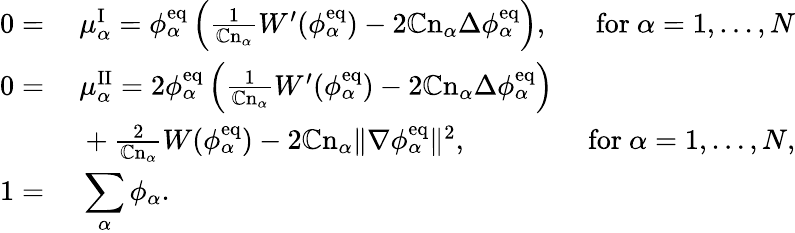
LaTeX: \begin{array}{rlr}{0=}&{~\mu_{\alpha}^{\mathrm{I}}=\phi_{\alpha}^{\mathrm{eq}}\left(\frac{1}{\mathbb{C}\mathrm{n}_{\alpha}}W^{\prime}(\phi_{\alpha}^{\mathrm{eq}})-2\mathbb{C}\mathrm{n}_{\alpha}\Delta\phi_{\alpha}^{\mathrm{eq}}\right),}&{\mathrm{~for~}\alpha=1,\dots,N}\\ {0=}&{~\mu_{\alpha}^{\mathrm{II}}=2\phi_{\alpha}^{\mathrm{eq}}\left(\frac{1}{\mathbb{C}\mathrm{n}_{\alpha}}W^{\prime}(\phi_{\alpha}^{\mathrm{eq}})-2\mathbb{C}\mathrm{n}_{\alpha}\Delta\phi_{\alpha}^{\mathrm{eq}}\right)}\\ &{~+\frac{2}{\mathbb{C}\mathrm{n}_{\alpha}}W(\phi_{\alpha}^{\mathrm{eq}})-2\mathbb{C}\mathrm{n}_{\alpha}\| \nabla\phi_{\alpha}^{\mathrm{eq}}\| ^{2},}&{\mathrm{~for~}\alpha=1,\dots,N,}\\ {1=}&{~\displaystyle\sum_{\alpha}\phi_{\alpha}.}&\end{array}